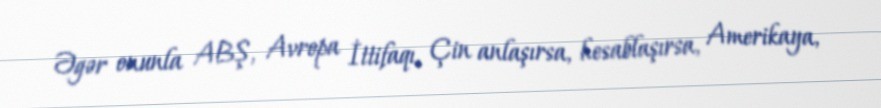
Əgər onunla ABŞ, Avropa İttifaqı, Çin anlaşırsa, hesablaşırsa, Amerikaya,